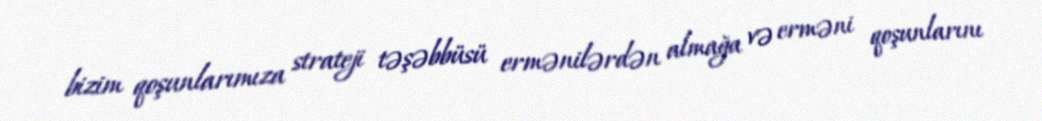
bizim qoşunlarımıza strateji təşəbbüsü ermənilərdən almağa və erməni qoşunlarını